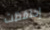
إحتفظت